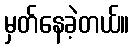
မှတ်နေခဲ့တယ်။